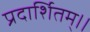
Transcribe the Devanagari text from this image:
प्रदार्शितम्।।